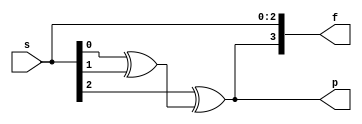
module paritygen(input [2:0]s,output p,output [3:0]f);
genvar i;
wire r;
assign f[2:0]=s[2:0];
assign f[3]=p;
generate
for(i=0;i<3;i=i+1) begin
	assign r=s[0]^s[1];
	assign p=s[2]^r;
end
endgenerate
endmodule